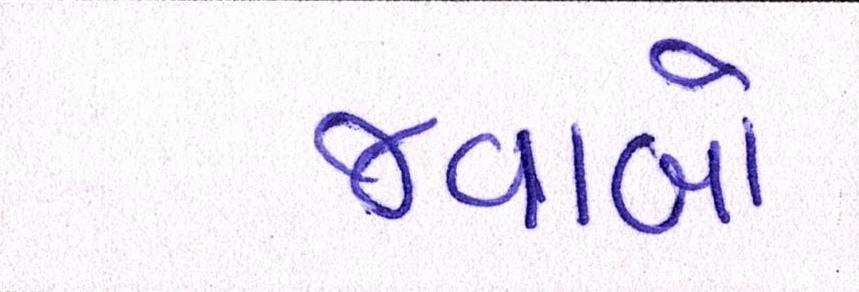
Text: જવાબો